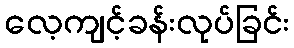
လေ့ကျင့်ခန်းလုပ်ခြင်း